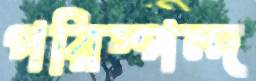
পরিস্পন্দ